Vaccination in Bombay 1863-1868 - 1863-1868
Year: 1863
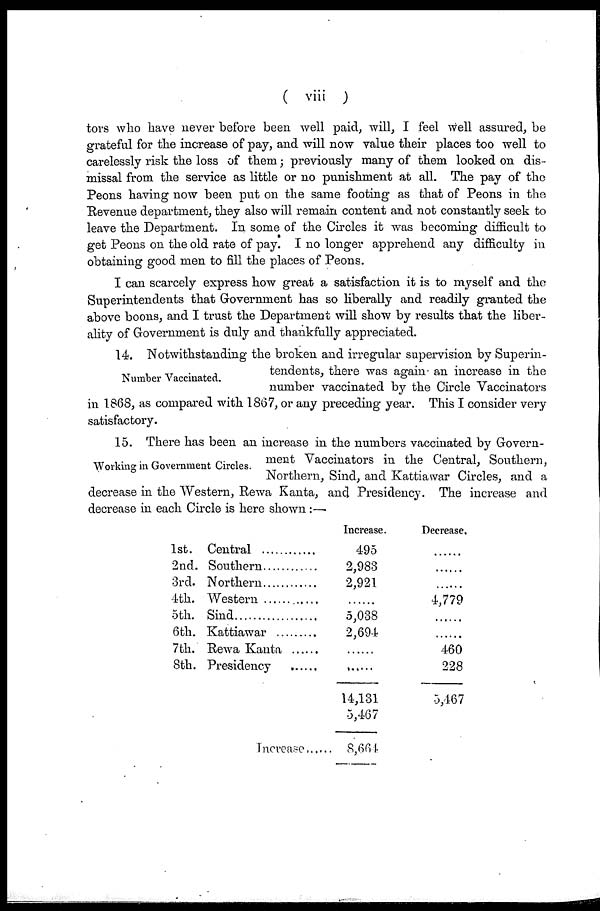
( viii )
tors who have never before been well paid, will, I feel well assured, be
grateful for the increase of pay, and will now value their places too well to
carelessly risk the loss of them; previously many of them looked on dis-
missal from the service as little or no punishment at all. The pay of the
Peons having now been put on the same footing as that of Peons in the
Revenue department, they also will remain content and not constantly seek to
leave the Department. In some of the Circles it was becoming difficult to
get Peons on the old rate of pay. I no longer apprehend any difficulty in
obtaining good men to fill the places of Peons.
I can scarcely express how great a satisfaction it is to myself and the
Superintendents that Government has so liberally and readily granted the
above boons, and I trust the Department will show by results that the liber-
ality of Government is duly and thankfully appreciated.
Number Vaccinated.
14. Notwithstanding the broken and irregular supervision by Superin-
tendents, there was again an increase in the
number vaccinated by the Circle Vaccinators
in 1868, as compared with 1867, or any preceding year. This I consider very
satisfactory.
Working in Government Circles.
15. There has been an increase in the numbers vaccinated by Govern-
ment Vaccinators in the Central, Southern,
Northern, Sind, and Kattiawar Circles, and a
decrease in the Western, Rewa Kanta, and Presidency. The increase and
decrease in each Circle is here shown :—
1st.
2nd.
3rd.
4th.
5th.
6th.
7th.
8th.
Central...........
Southern..........
Northern...........
Western...........
Sind
Kattiawar ........
Rewa Kanta .......
Presidency ......
Increase
Increase.
495
2,983
2,921
.......
5,038
2,694
........
14,131
5,467
8,664
Decrease.
.......
.......
.......
4,779
........
........
460
228
5,467